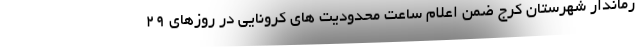
رماندار شهرستان کرج ضمن اعلام ساعت محدودیت های کرونایی در روزهای ۲۹